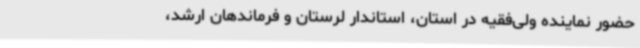
حضور نماینده ولی‌فقیه در استان، استاندار لرستان و فرماندهان ارشد،